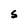
Character: s